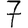
Digit: 7